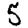
Digit: 5